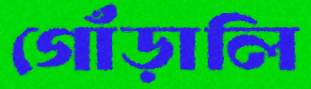
গোঁড়ালি